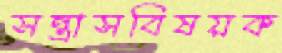
সন্ত্রাসবিষয়ক